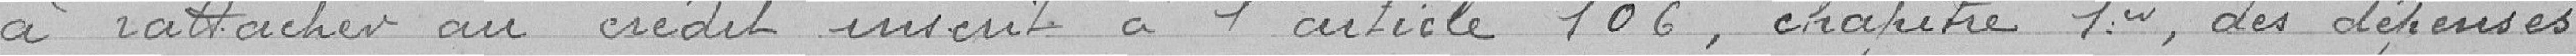
à rattacher au crédit inscrit à l'article 106, chapitre 1er, des dépenses